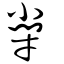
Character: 𡮣